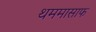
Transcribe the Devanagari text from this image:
थममासाफ